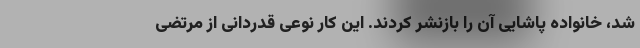
شد، خانواده پاشایی آن را بازنشر کردند. این کار نوعی قدردانی از مرتضی